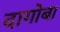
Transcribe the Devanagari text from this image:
दागोबा